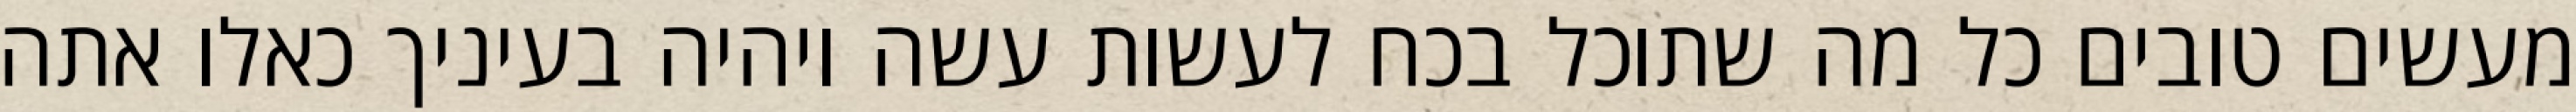
מעשים טובים כל מה שתוכל בכח לעשות עשה ויהיה בעיניך כאלו אתה